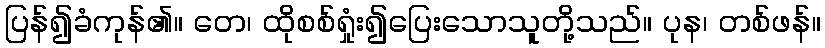
ပြန်၍ခံကုန်၏။ တေ၊ ထိုစစ်ရှုံး၍ပြေးသောသူတို့သည်။ ပုန၊ တစ်ဖန်။